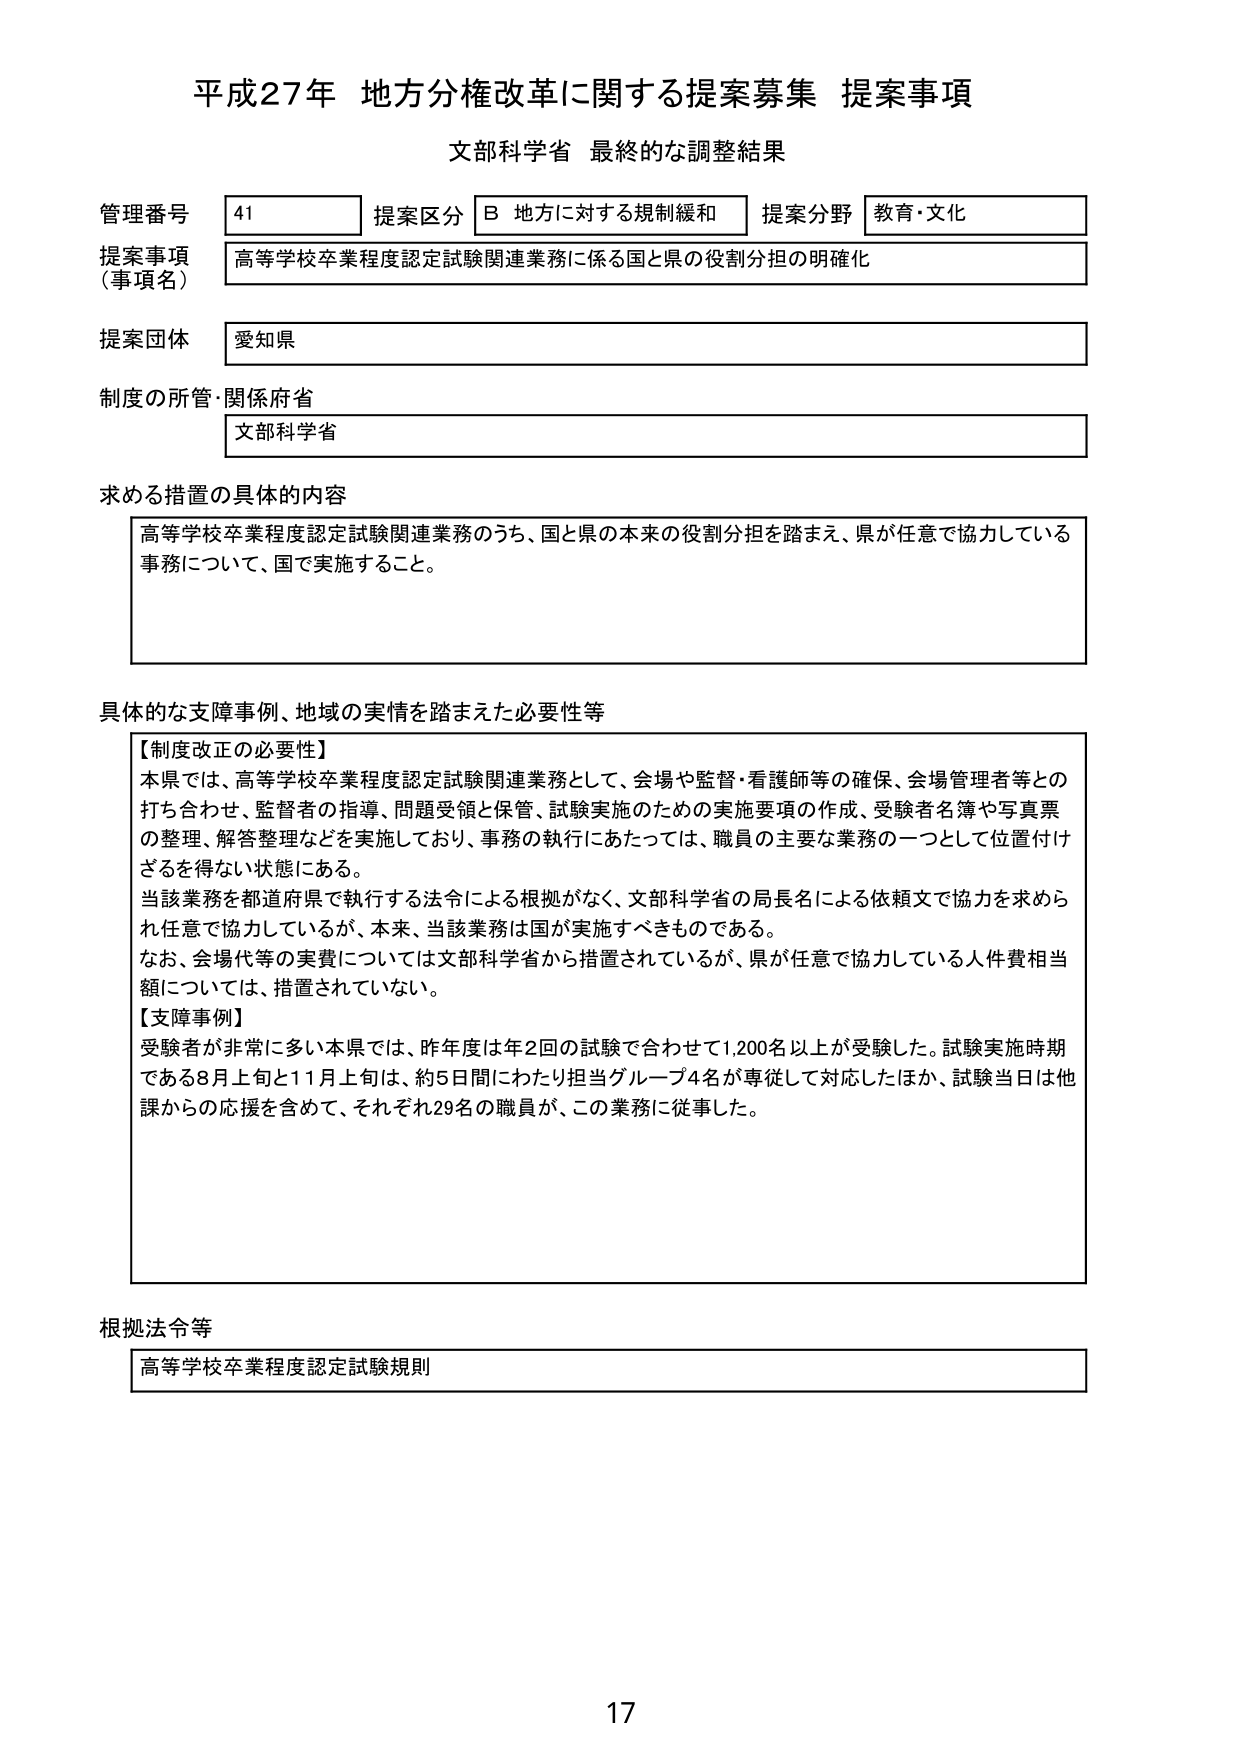
平成27年 地方分権改革に関する提案募集 提案事項
文部科学省 最終的な調整結果

管理番号 41
提案区分 B 地方に対する規制緩和
提案分野 教育・文化

提案事項（事項名）
高等学校卒業程度認定試験関連業務に係る国と県の役割分担の明確化

提案団体
愛知県

制度の所管・関係府省
文部科学省

求める措置の具体的内容
高等学校卒業程度認定試験関連業務のうち、国と県の本来の役割分担を踏まえ、県が任意で協力している事務について、国で実施すること。

具体的な支障事例、地域の実情を踏まえた必要性等
【制度改正の必要性】
本県では、高等学校卒業程度認定試験関連業務として、会場や監督・看護師等の確保、会場管理者等との打ち合わせ、監督者の指導、問題受領と保管、試験実施のための実施要項の作成、受験者名簿や写真票の整理、解答整理などを実施しており、事務の執行にあたっては、職員の主要な業務の一つとして位置付けざるを得ない状態にある。
当該業務を都道府県で執行する法令による根拠がなく、文部科学省の局長名による依頼文で協力を求められ任意で協力しているが、本来、当該業務は国が実施すべきものである。
なお、会場代等の実費については文部科学省から措置されているが、県が任意で協力している人件費相当額については、措置されていない。
【支障事例】
受験者が非常に多い本県では、昨年度は年2回の試験で合わせて1,200名以上が受験した。試験実施時期である8月上旬と11月上旬は、約5日間にわたり担当グループ4名が専従して対応したほか、試験当日は他課からの応援を含めて、それぞれ29名の職員が、この業務に従事した。

根拠法令等
高等学校卒業程度認定試験規則

17